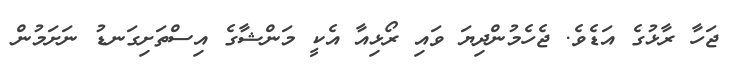
ޖަހާ ރާޅުގެ އަޑެވެ. ޖެހެމުންދިޔަ ވައި ރޯޅިއާ އެކީ މަންޝާގެ އިސްތަށިގަނޑު ނަށަމުން